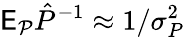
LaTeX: \mathsf E_{\mathcal P}\hat{P}^{-1}\approx 1/\sigma_{P}^{2}